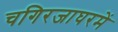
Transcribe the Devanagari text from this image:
चगिरजाघरमें